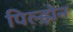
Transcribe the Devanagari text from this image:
पिल्झेन